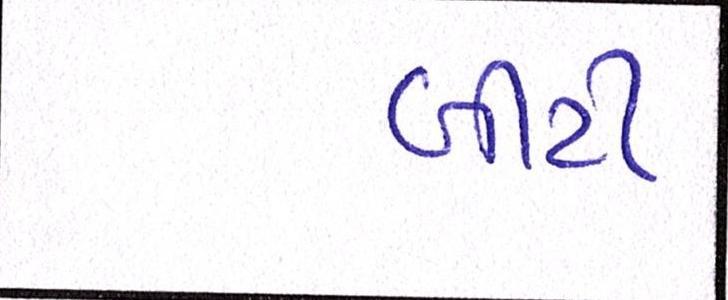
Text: બીટી